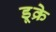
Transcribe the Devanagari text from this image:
डूक्रे